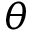
\theta